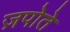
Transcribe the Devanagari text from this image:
ज़पोते